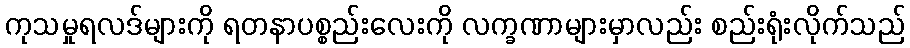
ကုသမှုရလဒ်များကို ရတနာပစ္စည်းလေးကို လက္ခဏာများမှာလည်း စည်းရုံးလိုက်သည်